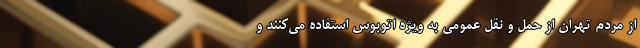
از مردم تهران از حمل و نقل عمومی به ویژه اتوبوس استفاده می‌کنند و